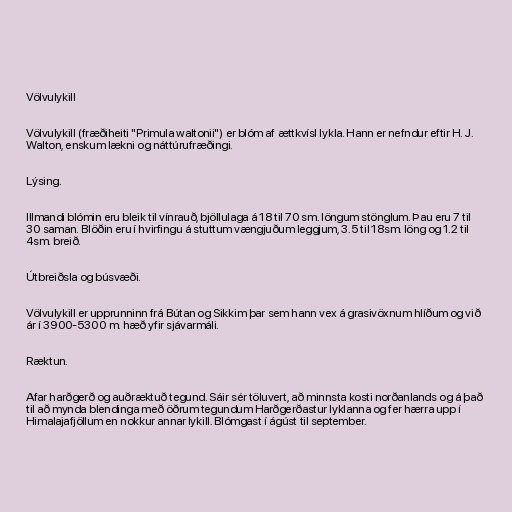
Völvulykill

Völvulykill (fræðiheiti "Primula waltonii") er blóm af ættkvísl lykla. Hann er nefndur eftir H. J.
Walton, enskum lækni og náttúrufræðingi.

Lýsing.

Illmandi blómin eru bleik til vínrauð, bjöllulaga á 18 til 70 sm. löngum stönglum. Þau eru 7 til
30 saman. Blöðin eru í hvirfingu á stuttum vængjuðum leggjum, 3.5 til 18sm. löng og 1.2 til
4sm. breið.

Útbreiðsla og búsvæði.

Völvulykill er upprunninn frá Bútan og Sikkim þar sem hann vex á grasivöxnum hlíðum og við
ár í 3900-5300 m. hæð yfir sjávarmáli.

Ræktun.

Afar harðgerð og auðræktuð tegund. Sáir sér töluvert, að minnsta kosti norðanlands og á það
til að mynda blendinga með öðrum tegundum Harðgerðastur lyklanna og fer hærra upp í
Himalajafjöllum en nokkur annar lykill. Blómgast í ágúst til september.